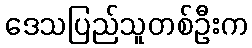
ဒေသပြည်သူတစ်ဦးက